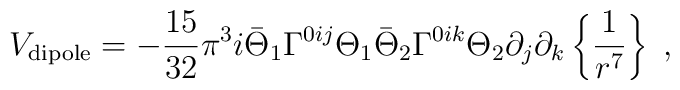
V_{\rm dipole} = -{15 \over 32} \pi^3 i \bar{\Theta}_1 \Gamma^{0ij} \Theta_1 \bar{\Theta}_2 \Gamma^{0ik} \Theta_2  \partial_j \partial_k \left\{ {1 \over r^7} \right\} \; ,